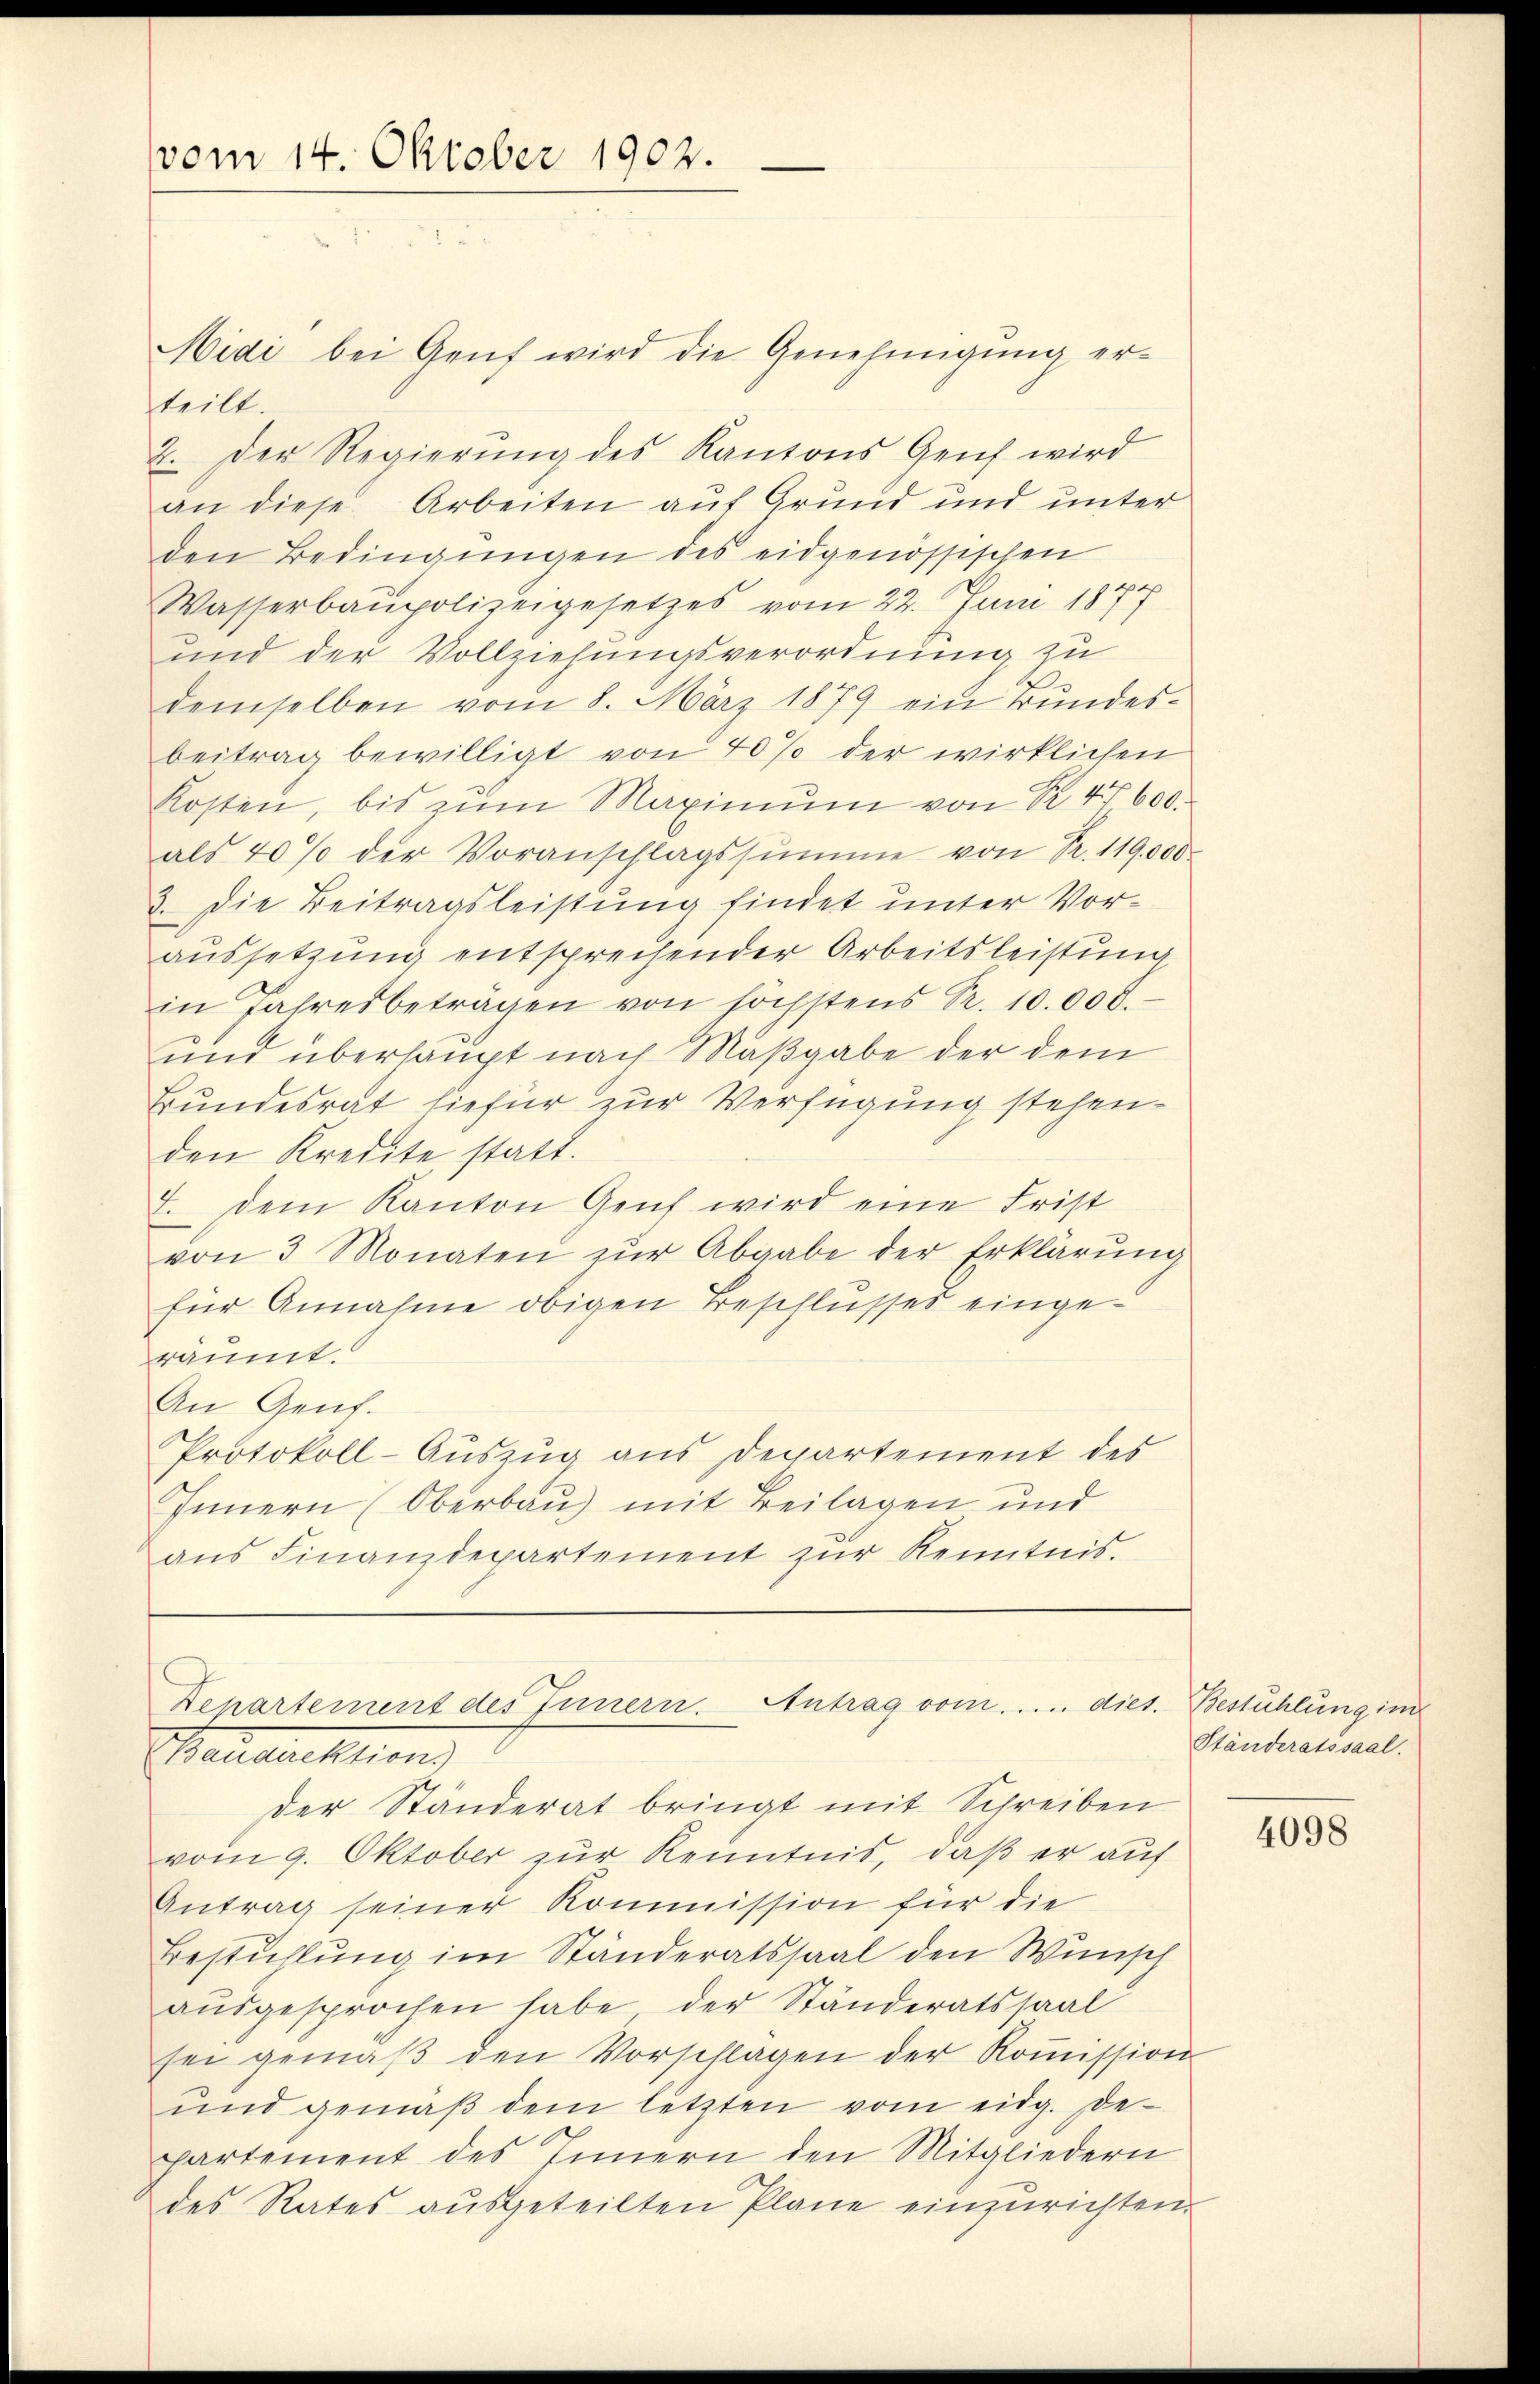
vom 14. Oktober 1902.

Midi bei Genf wird die Genehmigung erteilt.
2. Der Regierŭng des Kantons Genf wird
an diese Arbeiten auf Grund und unter
den Bedingŭngen des eidgenössischen
Wasserbaupolizeigesetzes vom 22. Juni 1877
und der Vollziehungsverordnung zu
demselben vom 8. März 1879 ein Bundes-
beitrag bewilligt von 40% der wirklichen
Kosten, bis zum Maximŭm von Nr. 4600
als 40% der Voranschlagssumme von Nr. 119,000
3. Die Beitragsleistung findet unter Voraussetzung entsprechender Arbeitsleistung
in Jahresbeträgen von höchstens Fr. 10.000.
und überhaupt nach Maßgabe der dem
Bundesrat hiefür zur Verfügung stehen.
den Kredite statt.
7. Dem Kanton Genf wird eine Frist
von 3 Monaten zŭr Abgabe der Erklärŭng
für Annahme obigen Beschlusses eingeräumt.
An Genf.
Protokoll-Auszug aus Departement des
Innern (Oberbau) mit Beilagen und
aus Finanzdepartement zur Kenntnis.

Departement des Innern. Antrag vom..... dies. Bestühlung im
Baustrektion

der Ständerat bringt mit Schreiben
vom 9. Oktober zur Kenntnis, daß er auf
Antrag seiner Kommission für die
Bestühlung im Ständeratssaal den Wunsch
aŭsgesprochen habe der Ständeratssaal
sei gemäβ den Vorschlägen der Koṁission
ŭnd gemäβ dem letzten vom eidg. De-
partement des Innern den Mitgliedern
des Rates ausgeteilten Plane einzurichten.

Ständeratssaal.

4098